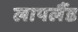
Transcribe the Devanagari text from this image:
लापलैंड